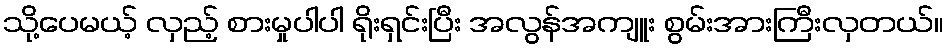
သို့ပေမယ့် လှည့် စားမှုပါပါ ရိုးရှင်းပြီး အလွန်အကျူး စွမ်းအားကြီးလှတယ်။